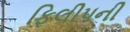
ફિલીપની